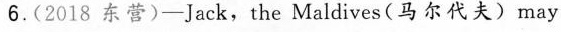
6.(2018东营)-Jack，theMaldives(马尔代夫)may